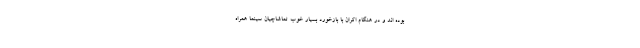
بوده اند و در هنگام اکران با بازخورد بسیار خوب تماشاچیان سینما همراه